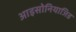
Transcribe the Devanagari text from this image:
आइसोनियाजिड